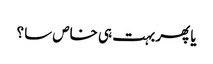
یا پھر بہت ہی خاص سا ؟